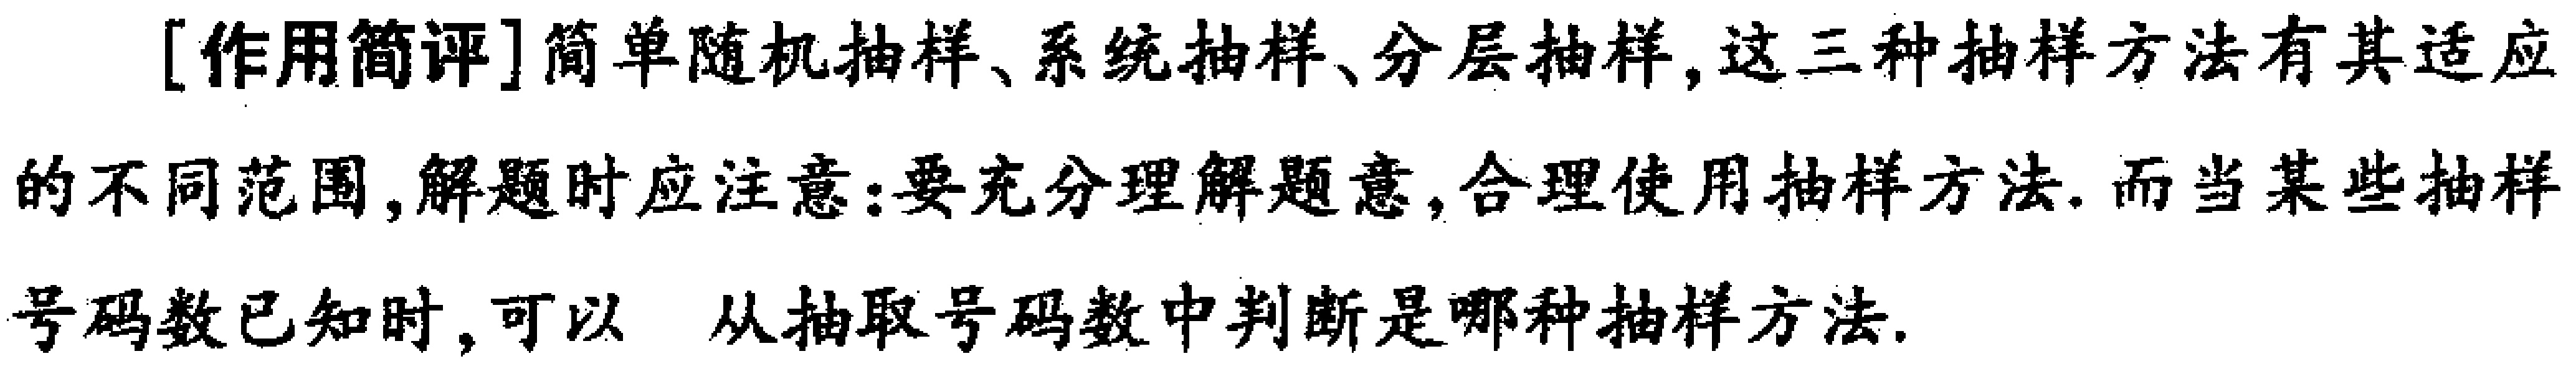
[作用简评]简单随机抽样、系统抽样、分层抽样,这三种抽样方法有其适应的不同范围,解题时应注意:要充分理解题意,合理使用抽样方法. 而当某些抽样号码数已知时,可以 从抽取号码数中判断是哪种抽样方法.